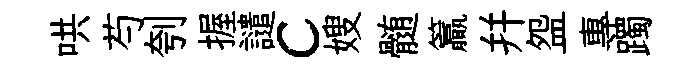
哄芍刳握譴c嫂髄籯幷盌專躅